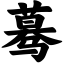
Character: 蓦